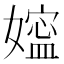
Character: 𰌖